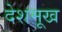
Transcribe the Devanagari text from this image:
देशमूख